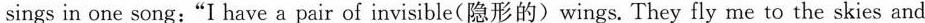
sings in one song:"I have a pair of invisible(隐形的)wings. They fly me to the skies and